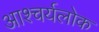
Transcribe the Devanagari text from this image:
आश्चर्यलोक